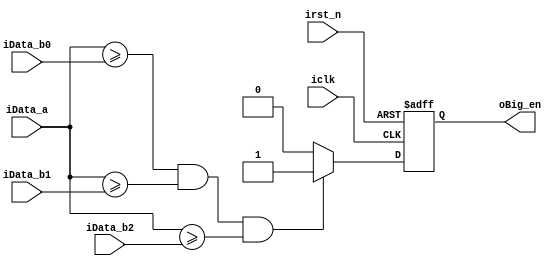
`timescale 1 ps / 1 ps

module FindBigValue (  
  input                    iclk,
  input                    irst_n,
  input           [7:0]    iData_a,
  input           [7:0]    iData_b0,
  input           [7:0]    iData_b1,
  input           [7:0]    iData_b2,
  output   reg             oBig_en
);

always@(posedge iclk or negedge irst_n) begin
  if (!irst_n) begin
    oBig_en <= 0;
  end
  else begin
    if ((iData_a >= iData_b0) && (iData_a >= iData_b1) && (iData_a >= iData_b2)) begin
      oBig_en <= 1;  
    end
    else begin
      oBig_en <= 0;      
    end 
  end
end

endmodule